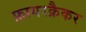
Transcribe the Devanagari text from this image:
फ़ायरक्रैकर